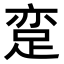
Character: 𨀶